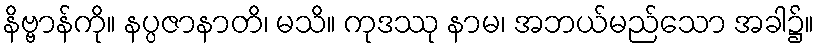
နိဗ္ဗာန်ကို။ နပ္ပဇာနာတိ၊ မသိ။ ကုဒဿု နာမ၊ အဘယ်မည်သော အခါ၌။